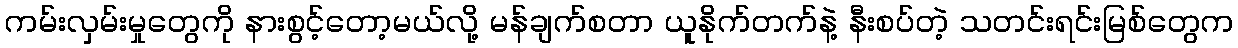
ကမ်းလှမ်းမှုတွေကို နားစွင့်တော့မယ်လို့ မန်ချက်စတာ ယူနိုက်တက်နဲ့ နီးစပ်တဲ့ သတင်းရင်းမြစ်တွေက